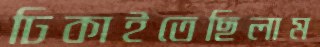
ঢিকাইতেছিলাম